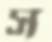
স